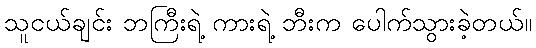
သူငယ်ချင်း ဘကြီးရဲ့ ကားရဲ့ ဘီးက ပေါက်သွားခဲ့တယ်။